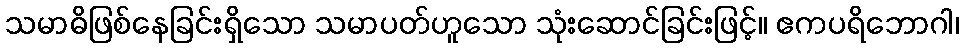
သမာဓိဖြစ်နေခြင်းရှိသော သမာပတ်ဟူသော သုံးဆောင်ခြင်းဖြင့်။ ဧကပရိဘောဂါ၊